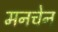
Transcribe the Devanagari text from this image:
मनचेन